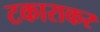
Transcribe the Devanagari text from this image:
टकाराकर